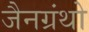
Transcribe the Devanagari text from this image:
जैनग्रंथो